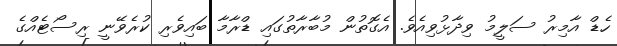
ހެޑް އާމިރު ސަލީމު ވިދާޅުވިއެވެ. އެގޮތުން މުބާރާތުގައި ޑްރާމާ ބައިވެރި ކުރެވޭނީ ރިސޯޓެއްގެ